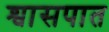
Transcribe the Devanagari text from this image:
श्वासपात